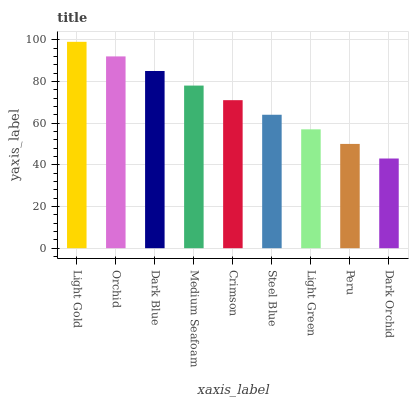
| xaxis_label | bars |
 | --- | --- |
 | Light Gold | 99 |
 | Orchid | 92 |
 | Dark Blue | 85 |
 | Medium Seafoam | 78 |
 | Crimson | 71 |
 | Steel Blue | 64 |
 | Light Green | 57 |
 | Peru | 50 |
 | Dark Orchid | 43 |